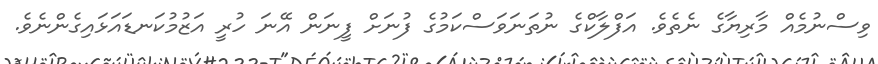
ވިސްނުމެއް މާރިޔާގެ ނެތެވެ. އަފްލާކްގެ ނުތަނަވަސްކަމުގެ ފުނަށް ފީނަން އޭނަ ހުރީ އަޒުމުކަނޑައަޅައިގެންނެވެ.